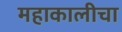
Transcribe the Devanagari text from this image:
महाकालीचा